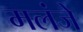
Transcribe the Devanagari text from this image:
मलंजे